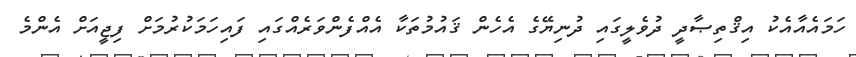
ހަމައެއާއެކު އިޤްތިޞާދީ ދުވެލީގައި ދުނިޔޭގެ އެހެން ޤައުމުތަކާ އެއްފެންވަރެއްގައި ފައިހަމަކުރުމަށް ފިޖީއަށް އެންމެ